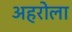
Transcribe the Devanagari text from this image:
अहरोला